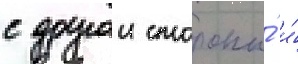
с другои стороны́ и́